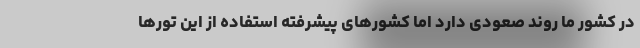
در کشور ما روند صعودی دارد اما کشورهای پیشرفته استفاده از این تورها